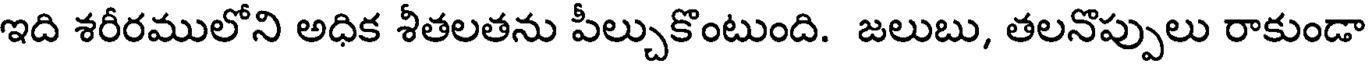
ఇది శరీరములోని అధిక శీతలతను పీల్చుకొంటుంది. జలుబు, తలనొప్పులు రాకుండా